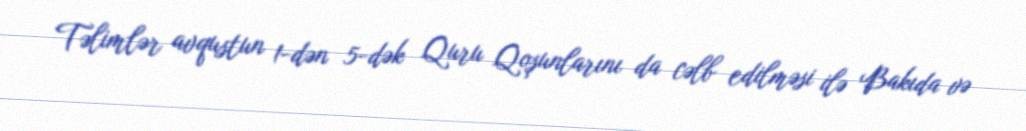
Təlimlər avqustun 1-dən 5-dək Quru Qoşunlarını da cəlb edilməsi ilə Bakıda və